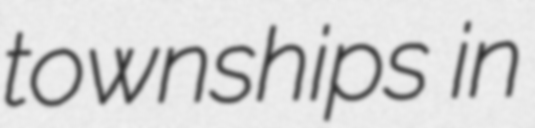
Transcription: townships in